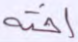
أخنه